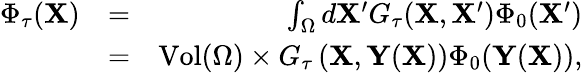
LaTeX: \begin{array}{rlr}{\Phi_{\tau}(\mathbf{X})}&{=}&{\int_{\Omega}d\mathbf{X}^{\prime}G_{\tau}(\mathbf{X},\mathbf{X}^{\prime})\Phi_{0}(\mathbf{X}^{\prime})}\\ &{=}&{\mathrm{Vol}(\Omega)\times G_{\tau}\left(\mathbf{X},\mathbf{Y}(\mathbf{X})\right)\Phi_{0}(\mathbf{Y}(\mathbf{X})),}\end{array}